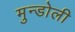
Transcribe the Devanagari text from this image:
मुन्डोली